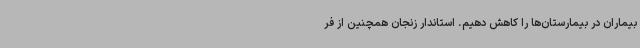
بیماران در بیمارستان‌ها را کاهش دهیم. استاندار زنجان همچنین از فر